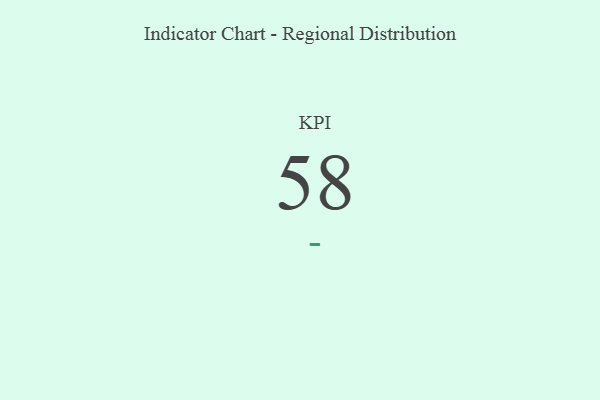
{"axis": {"x": "KPI", "y": "Value"}, "legend": [""], "data": [{"x": "KPI", "y": 58, "type": ""}]}